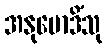
အနုမောဒိံသု